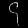
Digit: ၄